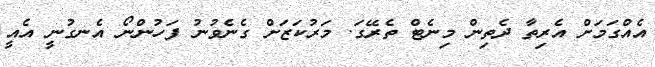
އެއްގަމަށް އެރިތާ ދެތިން މިނެޓް ތެރޭގަ. މަރުކަޒަށް ގެނެވުނު ފަހުންނޯ އެނގުނީ އެއީ